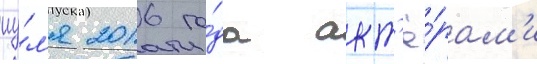
иу́л'я 2016 го́да акт'ё́рам'и